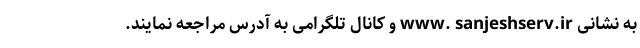
به نشانی www. sanjeshserv.ir و کانال تلگرامی به آدرس مراجعه نمایند.‌